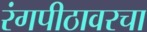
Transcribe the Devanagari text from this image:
रंगपीठावरचा